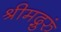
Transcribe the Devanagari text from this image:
श्रीमद्गुरुं